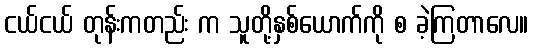
ငယ်ငယ် တုန်းကတည်း က သူတို့နှစ်ယောက်ကို စ ခဲ့ကြတာလေ။